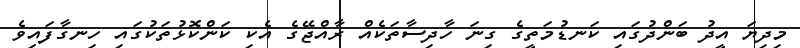
މިދިޔަ އީދު ބަންދުގައި ކަނޑުމަތީގެ ގިނަ ހާދިސާތަކެއް ރާއްޖޭގެ އެކި ކަންކޮޅުތަކުގައި ހިނގާފައިވެ